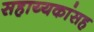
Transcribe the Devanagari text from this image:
सहाय्यकांसह